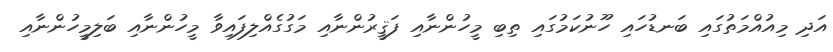
އަދި މިއުއްމަތުގައި ބަނޑުހައި ހޫނުކަމުގައި ތިބި މީހުންނާއި ފަޤީރުންނާއި މަގުގެއްލިފައިވާ މީހުންނާއި ބަލިމީހުންނާއި